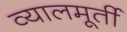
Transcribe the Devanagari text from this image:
व्यालमूर्ती